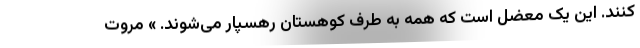
کنند. این یک معضل است که همه به طرف کوهستان رهسپار می‌شوند. » مروت